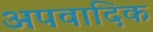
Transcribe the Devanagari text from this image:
अपवादिक